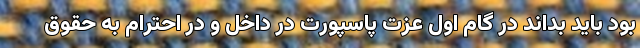
بود باید بداند در گام اول عزت پاسپورت در داخل و در احترام به حقوق